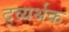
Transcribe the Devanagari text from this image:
द्व्यर्थक